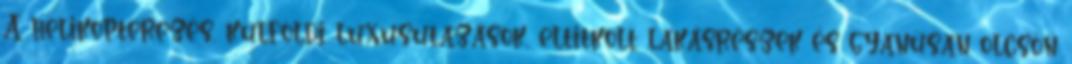
A helikopterezés, külföldi luxusutazások, eltitkolt lakásrészek és gyanúsan olcsón